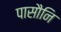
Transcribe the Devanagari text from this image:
पासौनि